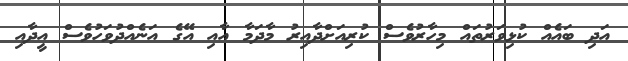
އަދި ބައެއް ކުޅިވަރުތައް މިހާރުވެސް ކުރިއަށްދާއިރު މާދަމާ އާއި އޭގެ އަނެއްދުވަހުވެސް އީދާއި